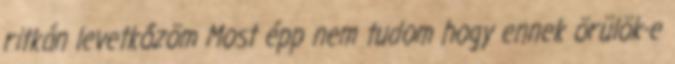
ritkán levetkőzöm Most épp nem tudom hogy ennek örülök-e